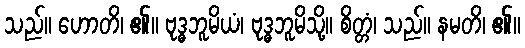
သည်။ ဟောတိ၊ ၏။ ဗုဒ္ဓဘူမိယံ၊ ဗုဒ္ဓဘူမိသို့။ စိတ္တံ၊ သည်။ နမတိ၊ ၏။